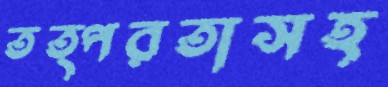
তত্পরতাসহ